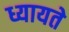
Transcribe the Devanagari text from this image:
ध्यायते